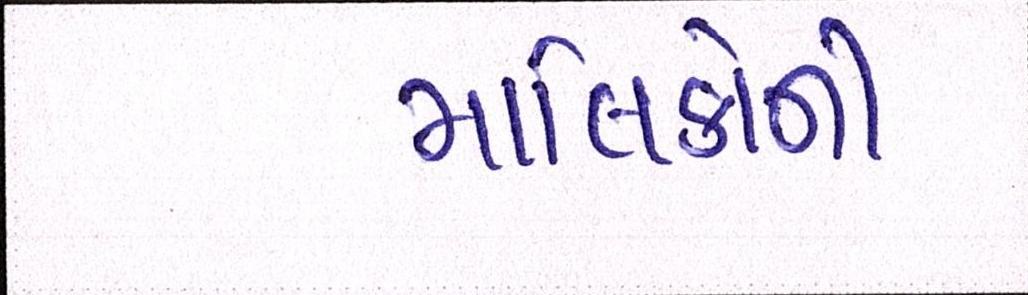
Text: માલિકોની